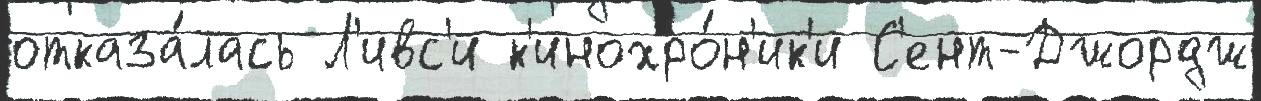
отказа́лась Л'ивс'и к'инохро́н'ик'и С'ент-Джордж